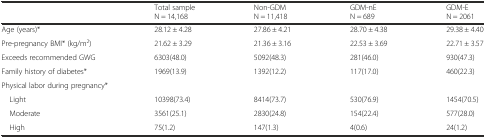
<table><thead><tr><td></td><td><b>Total sample N = 14,168</b></td><td><b>Non-GDM N = 11,418</b></td><td><b>GDM-nE N = 689</b></td><td><b>GDM-E N = 2061</b></td></tr></thead><tbody><tr><td>Age (years)*</td><td>28.12 ± 4.28</td><td>27.86 ± 4.21</td><td>28.70 ± 4.38</td><td>29.38 ± 4.40</td></tr><tr><td>Pre-pregnancy BMI* (kg/m<sup>2</sup>)</td><td>21.62 ± 3.29</td><td>21.36 ± 3.16</td><td>22.53 ± 3.69</td><td>22.71 ± 3.57</td></tr><tr><td>Exceeds recommended GWG</td><td>6303(48.0)</td><td>5092(48.3)</td><td>281(46.0)</td><td>930(47.3)</td></tr><tr><td>Family history of diabetes*</td><td>1969(13.9)</td><td>1392(12.2)</td><td>117(17.0)</td><td>460(22.3)</td></tr><tr><td colspan="5">Physical labor during pregnancy*</td></tr><tr><td> Light</td><td>10398(73.4)</td><td>8414(73.7)</td><td>530(76.9)</td><td>1454(70.5)</td></tr><tr><td> Moderate</td><td>3561(25.1)</td><td>2830(24.8)</td><td>154(22.4)</td><td>577(28.0)</td></tr><tr><td> High</td><td>75(1.2)</td><td>147(1.3)</td><td>4(0.6)</td><td>24(1.2)</td></tr></tbody></table>